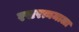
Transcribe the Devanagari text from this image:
रसरत्नमाला